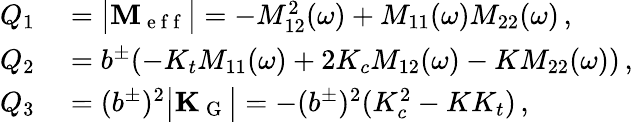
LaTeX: \begin{array}{rl}{Q_{1}}&{{}=\big|\mathbf{M_{\mathrm{~e~f~f~}}}\big|=-M_{12}^{2}(\omega)+M_{11}(\omega)M_{22}(\omega)\, ,}\\ {Q_{2}}&{{}=b^{\pm}(-K_{t}M_{11}(\omega)+2K_{c}M_{12}(\omega)-KM_{22}(\omega))\, ,}\\ {Q_{3}}&{{}=(b^{\pm})^{2}\big|\mathbf{K_{\mathrm{~G~}}}\big|=-(b^{\pm})^{2}(K_{c}^{2}-KK_{t})\, ,}\end{array}